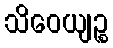
သိဝေယျဉ္စ